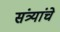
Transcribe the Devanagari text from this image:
संत्र्यांचे